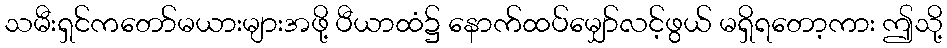
သမီးရှင်ကတော်မယားများအဖို့ ပီယာထံ၌ နောက်ထပ်မျှော်လင့်ဖွယ် မရှိရတော့ကား ဤသို့